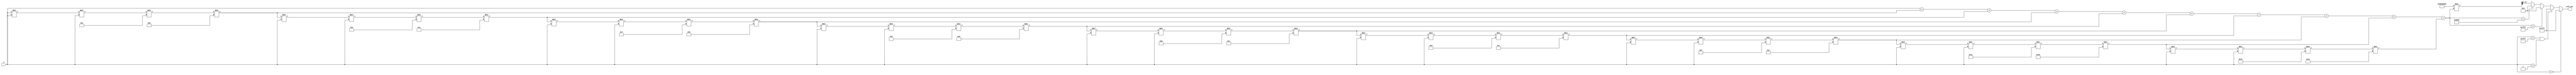
module csch (
    input wire signed [15:0] x, // Input value (fixed-point representation)
    output reg signed [15:0] csch_out // Output value (fixed-point representation)
);

    // Parameters
    parameter WIDTH = 16; // Bit-width for input and output
    parameter MAX_VALUE = 16'h7FFF; // Maximum value for saturation
    parameter MIN_VALUE = 16'h8000; // Minimum value for saturation
    parameter ZERO_THRESHOLD = 16'h0001; // Threshold for zero handling

    // Internal signals
    reg signed [31:0] sinh_x; // Extended width for sinh calculation
    reg signed [31:0] sinh_x_inv; // Inverse of sinh(x)

    // Function to compute sinh(x) using Taylor series expansion
    function signed [31:0] sinh;
        input signed [15:0] x;
        reg signed [31:0] term;
        reg signed [31:0] sum;
        integer i;
        begin
            sum = x; // First term: x
            term = x; // Initialize term
            for (i = 1; i < 10; i = i + 1) begin // 10 terms for approximation
                term = (term * x * x) / (2 * i + 1) / (2 * i); // Calculate term
                sum = sum + term; // Add term to sum
            end
            sinh = sum; // Return sinh(x)
        end
    endfunction

    // Always block to compute csch
    always @(*) begin
        // Handle special case for x = 0
        if (x == 0) begin
            csch_out = MAX_VALUE; // Output infinity or large number
        end else if (x > -ZERO_THRESHOLD && x < ZERO_THRESHOLD) begin
            csch_out = MAX_VALUE; // Output infinity for very small values
        end else begin
            // Compute sinh(x)
            sinh_x = sinh(x);

            // Check for overflow or underflow in sinh(x)
            if (sinh_x > MAX_VALUE) begin
                csch_out = 0; // csch(x) approaches 0 for large sinh(x)
            end else if (sinh_x < MIN_VALUE) begin
                csch_out = 0; // csch(x) approaches 0 for large negative sinh(x)
            end else begin
                // Compute reciprocal of sinh(x)
                sinh_x_inv = (1 << 31) / sinh_x; // Approximate reciprocal (1/sinh_x)
                csch_out = sinh_x_inv[15:0]; // Output the lower 16 bits
            end
        end
    end

endmodule